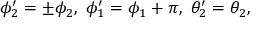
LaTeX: \phi _ { 2 } ^ { \prime } = \pm \phi _ { 2 } , \ \phi _ { 1 } ^ { \prime } = \phi _ { 1 } + \pi , \ \theta _ { 2 } ^ { \prime } = \theta _ { 2 } ,